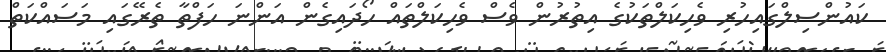
ކައުންސިލްގައިހުރި ވެހިކަލްތަކުގެ އިތުރުން ވެސް ވެހިކަލްތައް ހޯދައިގެން އަންނަ ހަފްތާ ތެރޭގައި މަސައްކަތް